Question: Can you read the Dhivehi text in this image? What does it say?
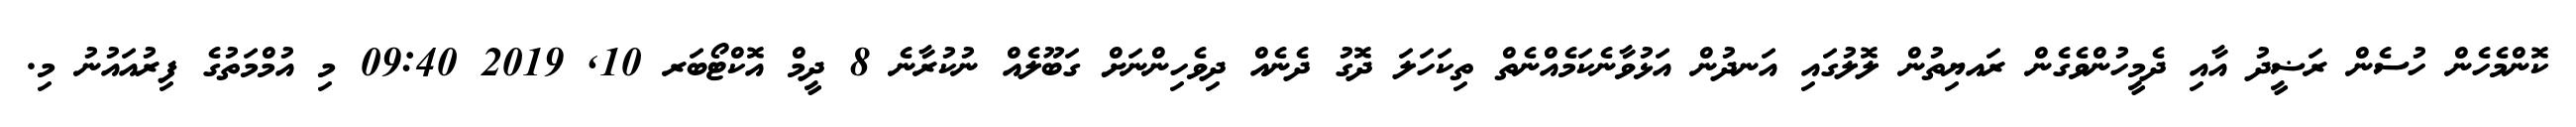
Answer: ކޮންމެހެން ހުސެން ރަޟީދު އާއި ދެމީހުންވެގެން ރައޔިތުން ލޮލުގައި އަނދުން އަޅުވާނެކަމެއްނެތް ތިކަހަލަ ދޮގު ދެނެއް ދިވެހިންނަށް ގަބޫލެއް ނުކުރާނެ 8 ދީމް އޮކްޓޯބަރ 10, 2019 09:40 މި އުމްމަތުގެ ފިރުއައުނު މި.